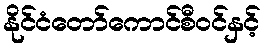
နိုင်ငံတော်ကောင်စီဝင်နှင့်